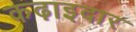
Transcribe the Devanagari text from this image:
कढ़ाइदार